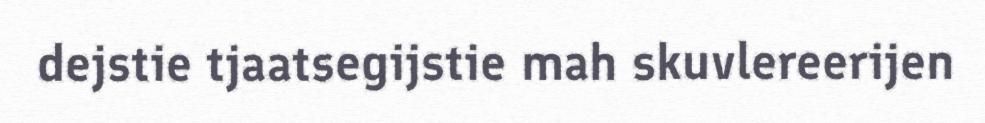
dejstie tjaatsegijstie mah skuvlereerijen